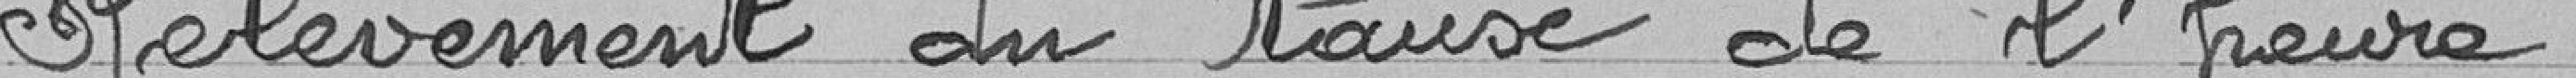
Relèvement du taux de l'heure